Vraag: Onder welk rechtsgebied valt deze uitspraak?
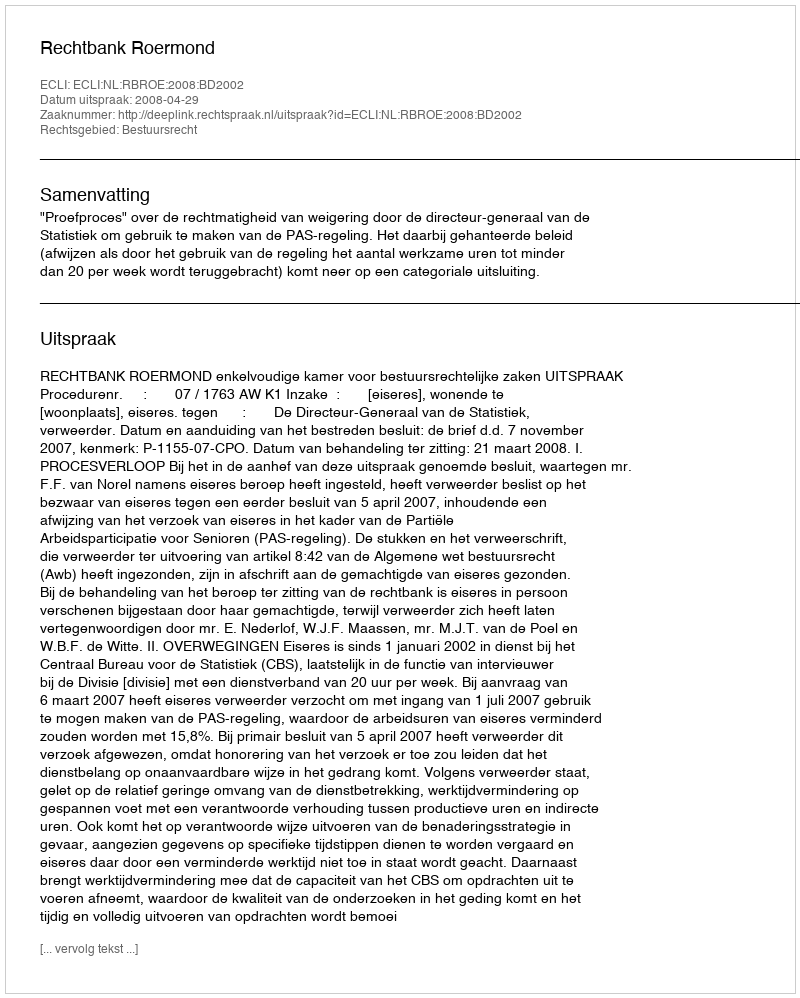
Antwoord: Bestuursrecht